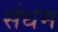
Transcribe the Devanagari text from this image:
संधम